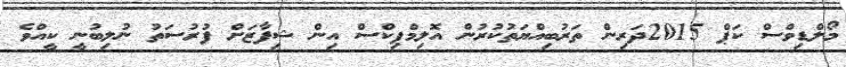
މޯލްޑިވްސް ކަޕް 2015ދަރިން ތަރުބިއްޔަތުކުރުން އޮލިމްޕިކްސް އިން ޝިފާޒަށް ފުރުސަތު ނުލިބުނީ ކީއްވެ